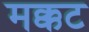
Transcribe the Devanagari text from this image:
मक्कट